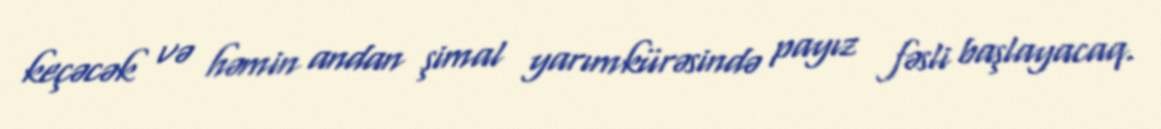
keçəcək və həmin andan şimal yarımkürəsində payız fəsli başlayacaq.